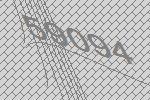
59094